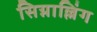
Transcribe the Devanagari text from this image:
सिग्नाल्लिंग